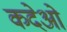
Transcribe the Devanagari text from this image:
कदेओ